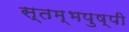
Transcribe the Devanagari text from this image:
स्तम्भपुष्पी